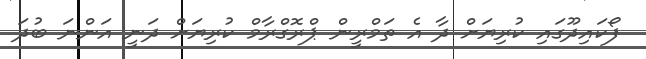
ފޯކައިދޫގައި ކުރިޔަށް ދާ އެ ތަމްރީން ޕްރޮގްރާމް ކުރިޔަށް ދަނީ އަންނަ ބުދަ